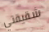
شقيقتي